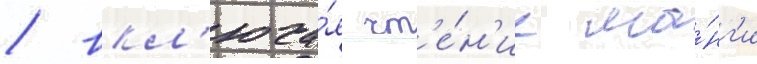
/ вкл'юча́я чт'е́н'ие ма́нг'и